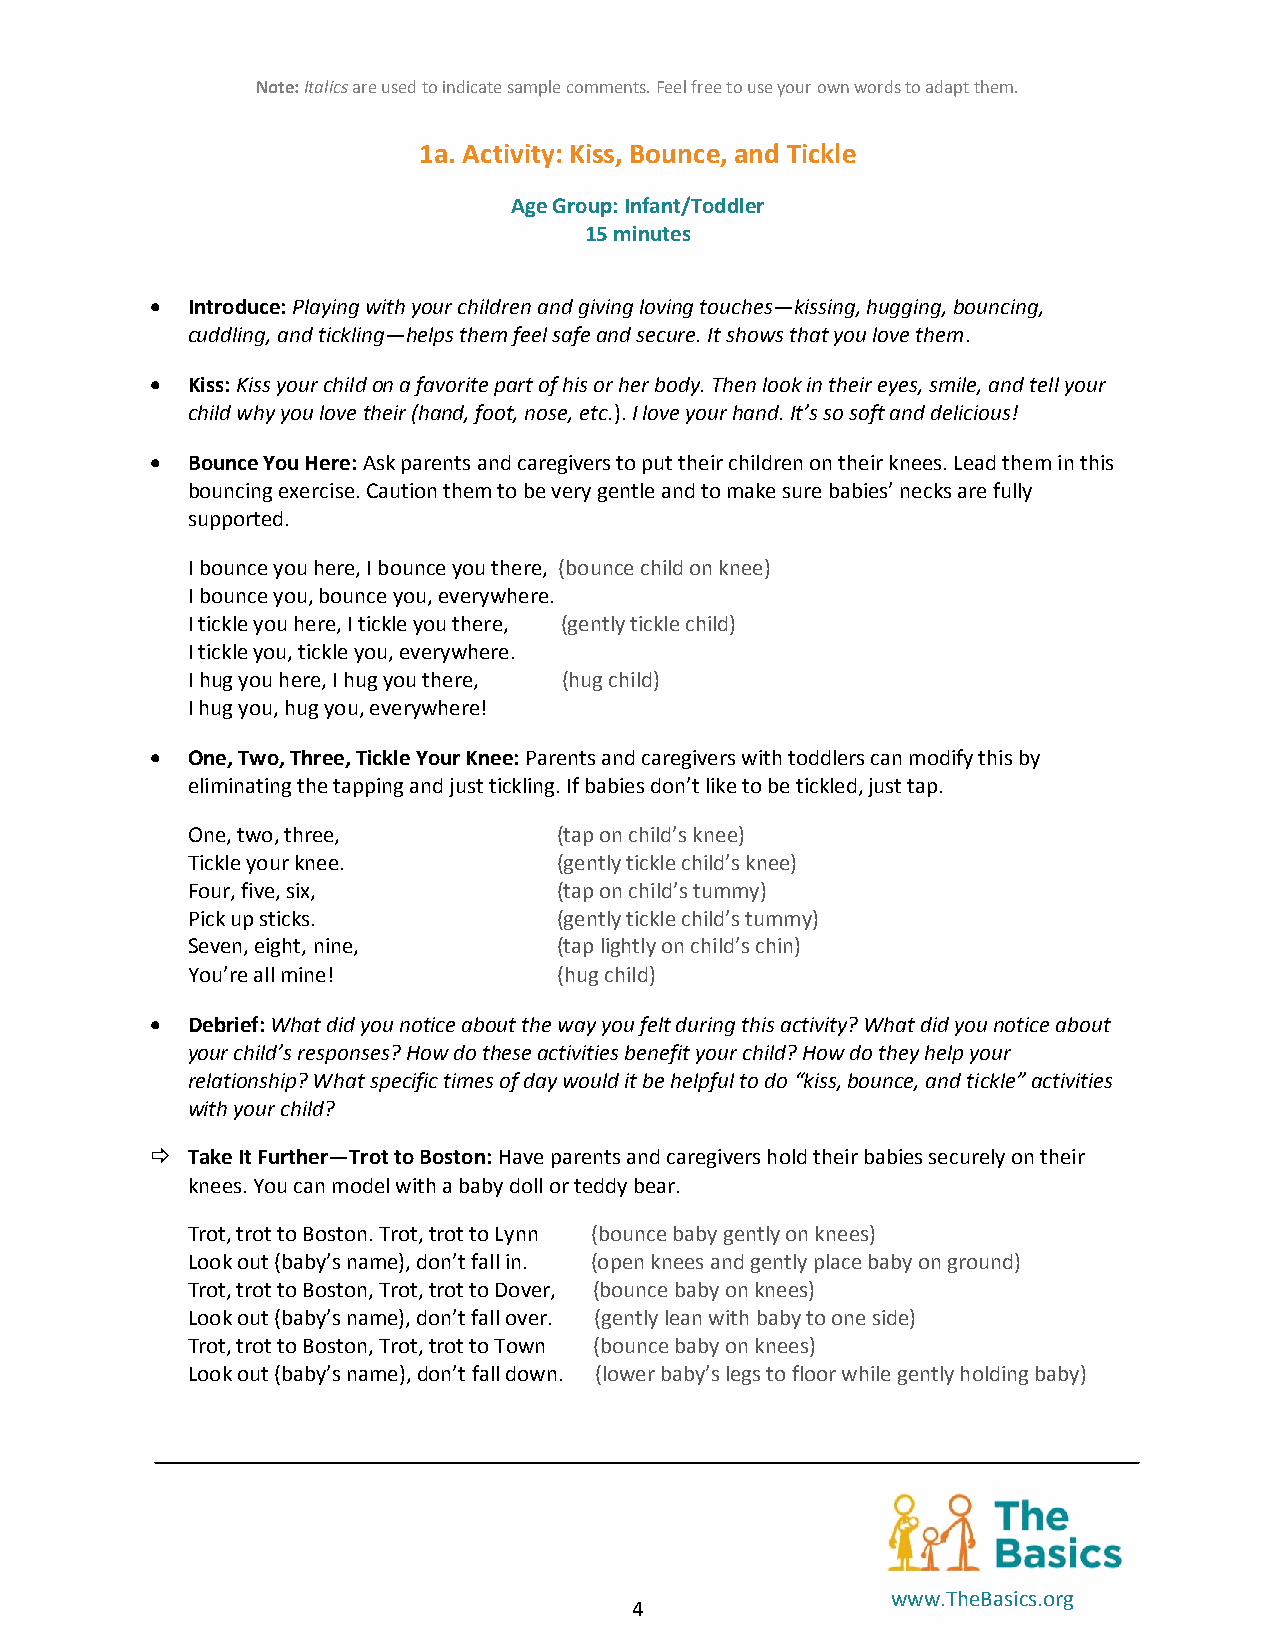
Note: Italics are used to indicate sample comments. Feel free to use your own words to adapt them.
 1a. Activity: Kiss, Bounce, and Tickle
 Age Group: Infant/Toddler
 15 minutes
  Introduce: Playing with your children and giving loving touches—kissing, hugging, bouncing,
 cuddling, and tickling—helps them feel safe and secure. It shows that you love them.
  Kiss: Kiss your child on a favorite part of his or her body. Then look in their eyes, smile, and tell your
 child why you love their (hand, foot, nose, etc.). I love your hand. It’s so soft and delicious!
  Bounce You Here: Ask parents and caregivers to put their children on their knees. Lead them in this
 bouncing exercise. Caution them to be very gentle and to make sure babies’ necks are fully
 supported.
 I bounce you here, I bounce you there, (bounce child on knee)
 I bounce you, bounce you, everywhere.
 I tickle you here, I tickle you there, (gently tickle child)
 I tickle you, tickle you, everywhere.
 I hug you here, I hug you there, (hug child)
 I hug you, hug you, everywhere!
  One, Two, Three, Tickle Your Knee: Parents and caregivers with toddlers can modify this by
 eliminating the tapping and just tickling. If babies don’t like to be tickled, just tap.
 One, two, three,         (tap on child’s knee)
 Tickle your knee.        (gently tickle child’s knee)
 Four, five, six,         (tap on child’s tummy)
 Pick up sticks.          (gently tickle child’s tummy)
 Seven, eight, nine,      (tap lightly on child’s chin)
 You’re all mine!         (hug child)
  Debrief: What did you notice about the way you felt during this activity? What did you notice about
 your child’s responses? How do these activities benefit your child? How do they help your
 relationship? What specific times of day would it be helpful to do “kiss, bounce, and tickle” activities
 with your child?
  Take It Further—Trot to Boston: Have parents and caregivers hold their babies securely on their
 knees. You can model with a baby doll or teddy bear.
 Trot, trot to Boston. Trot, trot to Lynn (bounce baby gently on knees)
 Look out (baby’s name), don’t fall in. (open knees and gently place baby on ground)
 Trot, trot to Boston, Trot, trot to Dover, (bounce baby on knees)
 Look out (baby’s name), don’t fall over. (gently lean with baby to one side)
 Trot, trot to Boston, Trot, trot to Town (bounce baby on knees)
 Look out (baby’s name), don’t fall down. (lower baby’s legs to floor while gently holding baby)
 www.TheBasics.org
 4